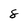
Character: 8